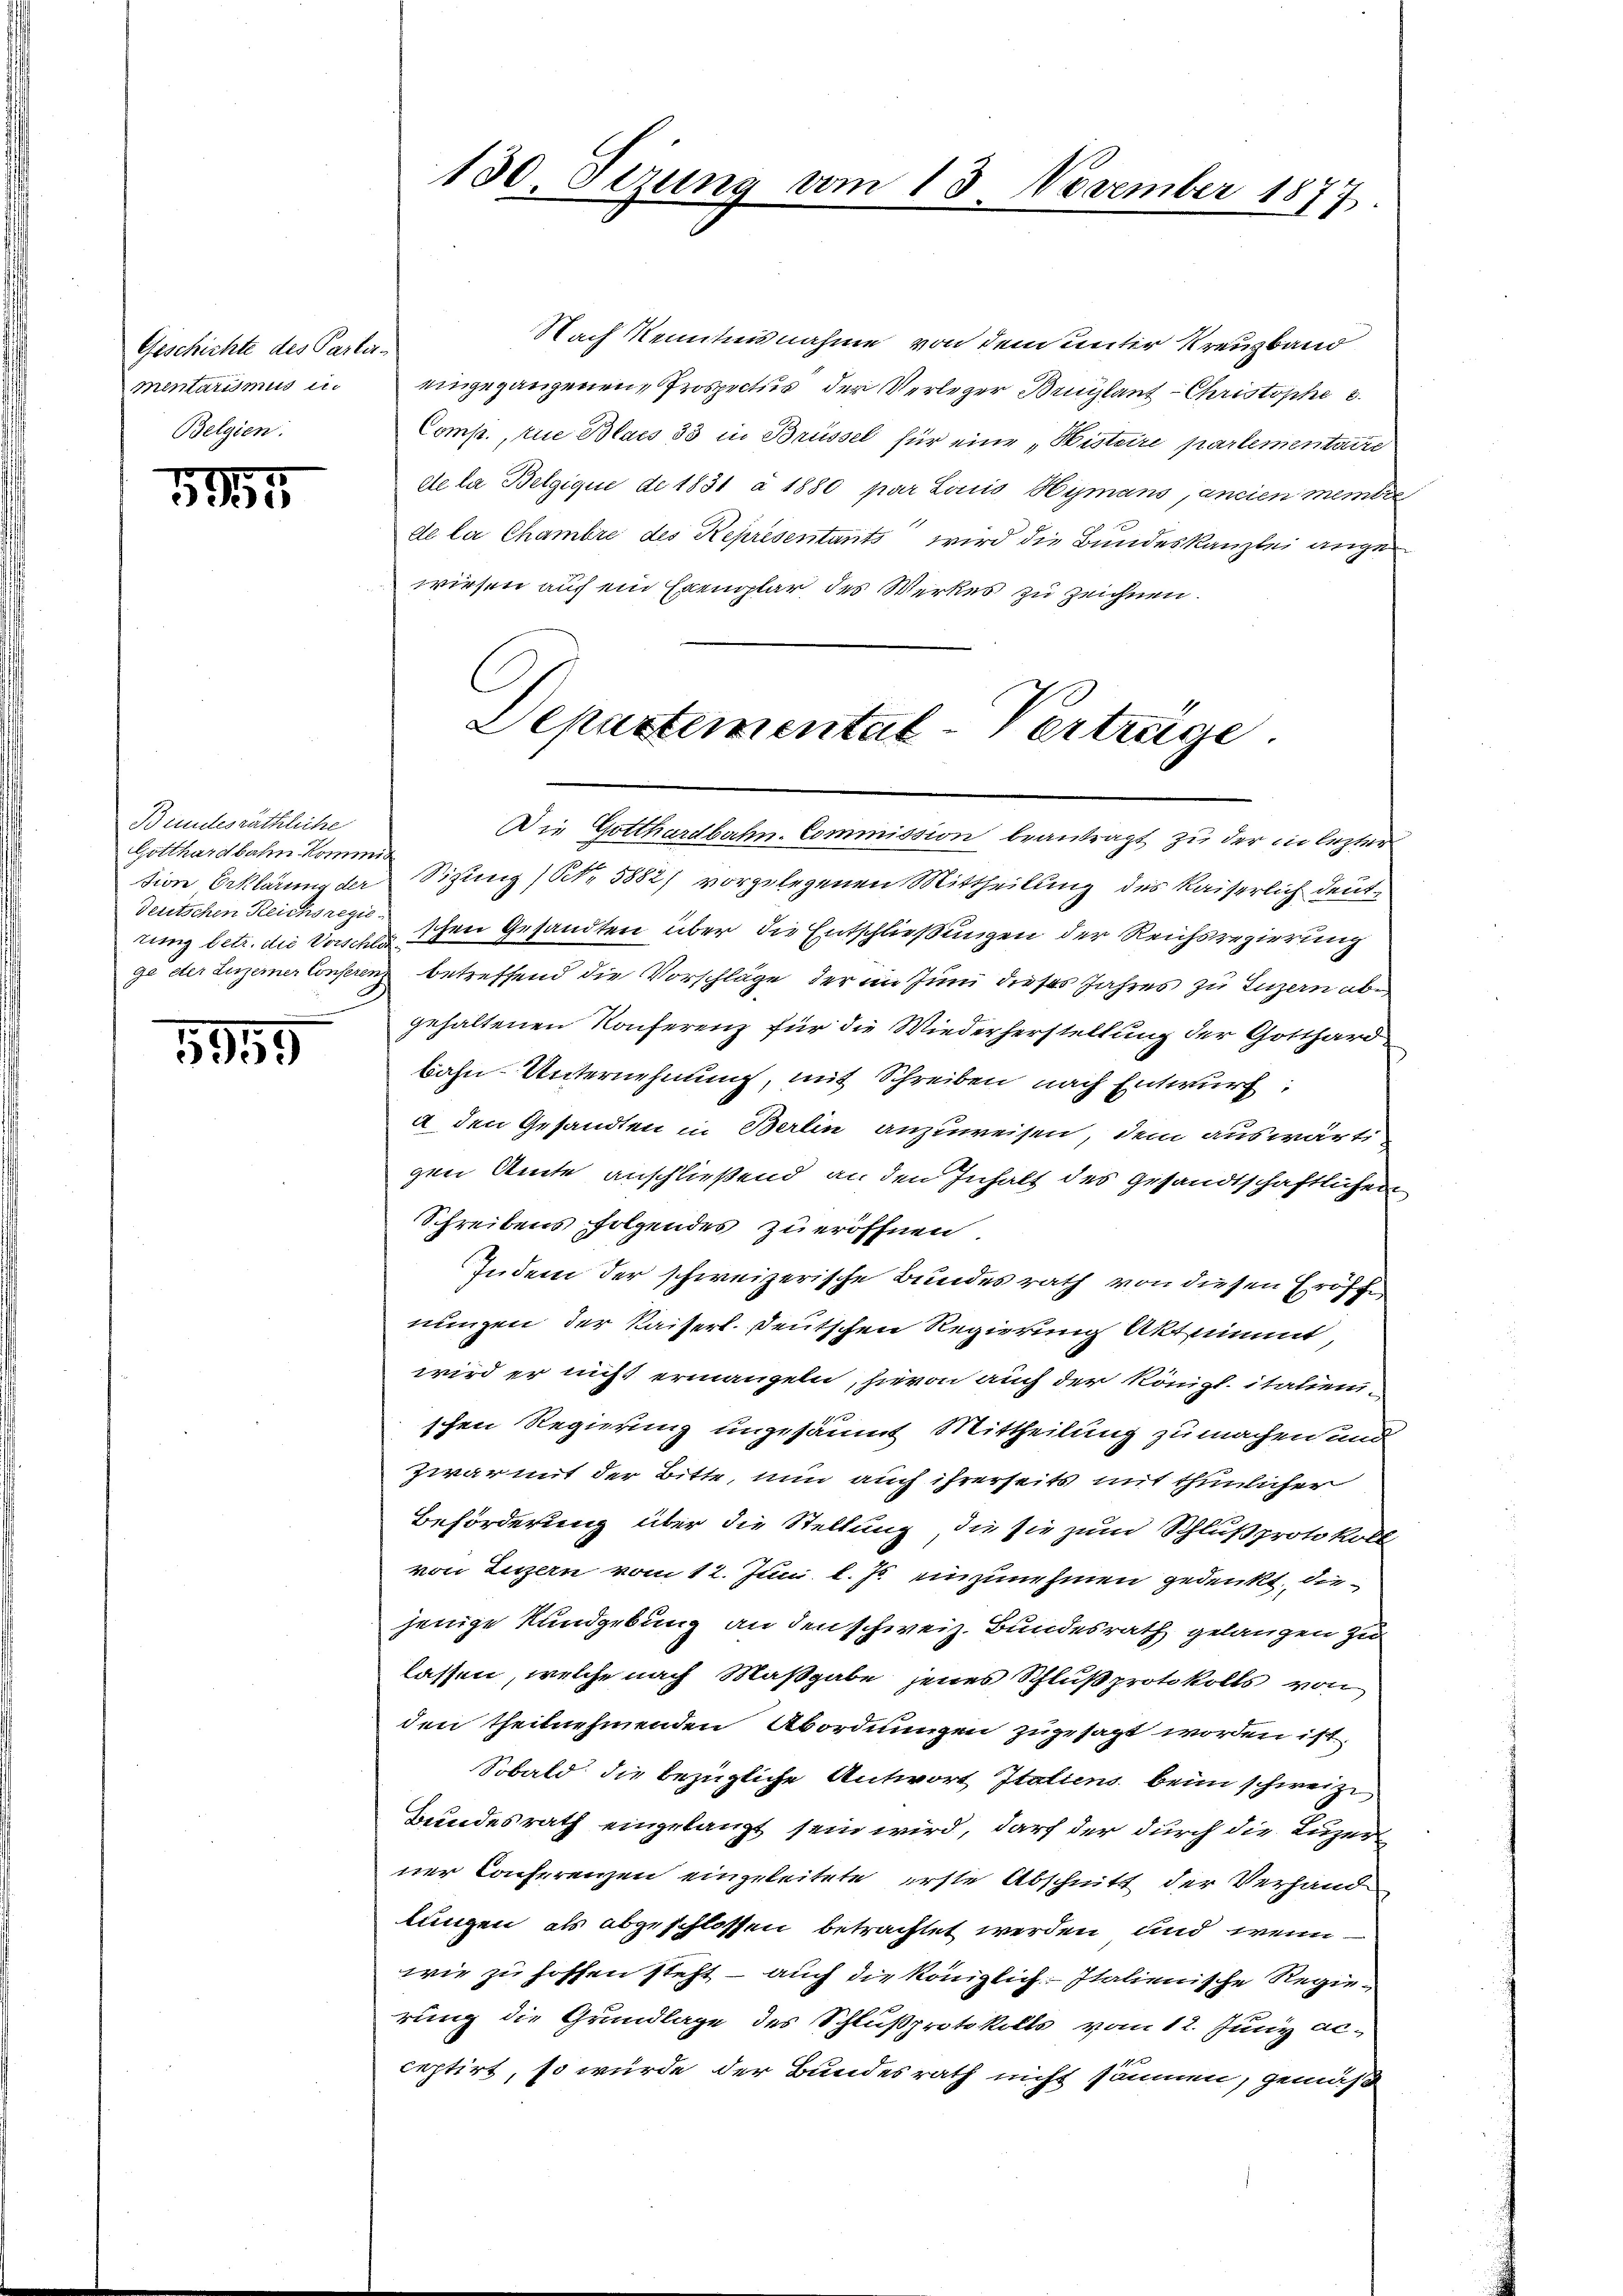
Geschichte des Parlamentarismus in
Belgien.

191

Binutesräthliche
Gotthardbahn Kommis
Deutschen Reichsregie
rung betr. die Vorschlä¬

1859

130. Sizung vom 13. November 1877

Nach Kenntnisnahme von dem unter Kreuzband
eingegangenen Prospectus der Verleger Bruylant Christophe 8.
Comp., zue Blais 33 in Brüssel für eine „Bisterre partementaire
de la Belgique de 1831 à 1880 par Lorio Hymans, ancien meintre
de la Chambre des Représentants wird die Bundeskanzlei angewiesen auch ein Exemplar des Werkes zu zeichnen.
Die Gotthardbahn-Commission beantragt zu der in lezter
tion, Erklärung der Sitzung (Nr. 5882) vorgelegenen Mittheilung des Kaiserlich deutschen Gesandten über die Entschließungen der Reichsregierung
ge der Luzerner Conferenz betreffend die Vorschläge, der im Juni dieses Jahres zu Luzern abe
gehaltenen Konferenz für die Wiederherstellung der Gotthard
bahn- Unternehmung, mit Schreiben nach Entwurf:
a den Gesandten in Berlin anzuweisen, dem auswärtigen Amte anschließend an den Inhalt des gesandtschaftlichen
Schreibens folgendes zu eröffnen.
Indem der schweizerische Bundesrath von diesen Eröffe
nungen der Kaiserl. Deutschen Regierung Aktnimmt,
wird er nicht ermangeln, hievon auch der Königl. italien.
schen Regierung unzusäumt Mittheilung zumachen und
Zwar mit der Bitte, nun auch ihrerseits mit thunlicher
Beförderung über die Stellung, die sie zum Schlußprotokoll-
von Luzern vom 12. Juni l. Js. einzunehmen gedenkt, diejenige Kundgebung an den schweiz. Bundesrath gelangen zu
lassen, welche nach Maßgabe jenes Schlußprotokolls von
den theilnehmenden Abordnungen zugesagt worden ist.
Sobald die bezügliche Antwort Italiens beim schweize
Bundesrath eingelangt sein wird, darf der durch die Luzer
ner Conferenzen eingeleitete erste Abschnitt der Verhand
lungen als abgeschlossen betrachtet werden und wenn
wie zu hoffen steht – auch die königlich Italienische Regierung die Grundlage des Schlußprotokolls vom 12. Juny ac-
ceptirt, so würde der Bundesrath nicht säumen, gemäß

Departemental-Vertrüge.